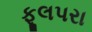
ફૂલપરા